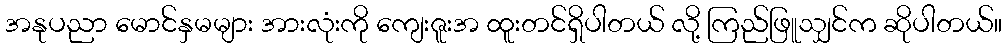
အနုပညာ မောင်နှမများ အားလုံးကို ကျေးဇူးအ ထူးတင်ရှိပါတယ် လို့ ကြည်ဖြူသျှင်က ဆိုပါတယ်။